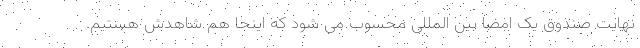
نهایت صندوق یک امضا بین المللی محسوب می شود که اینجا هم شاهدش هستیم.